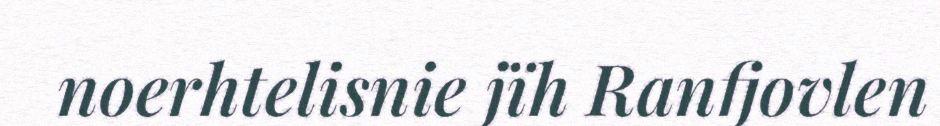
noerhtelisnie jïh Ranfjovlen